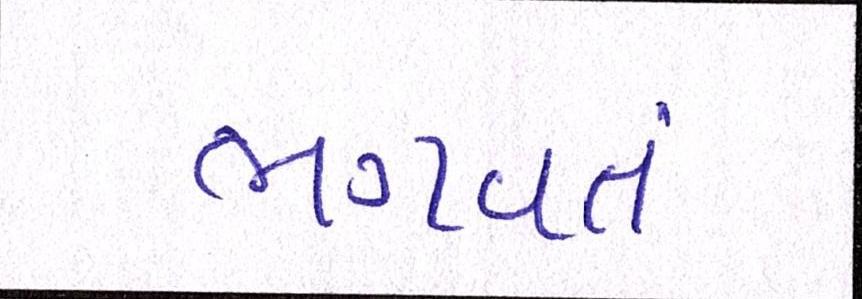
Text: ભગવતં